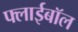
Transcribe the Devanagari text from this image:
फ्लाईबॉल